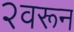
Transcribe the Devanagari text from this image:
२वरून